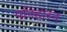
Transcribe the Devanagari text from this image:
पनिहारन